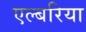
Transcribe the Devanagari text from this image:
एल्बरिया